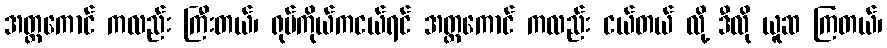
အတ္တကောင် ကလည်း ကြီးတယ်၊ ရုပ်ကိုယ်ကငယ်ရင် အတ္တကောင် ကလည်း ငယ်တယ် လို့ ဒီလို ယူဆ ကြတယ်၊